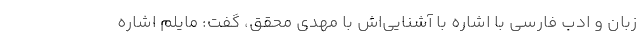
زبان و ادب فارسی با اشاره با آشنایی‌اش با مهدی محقق، گفت: مایلم اشاره